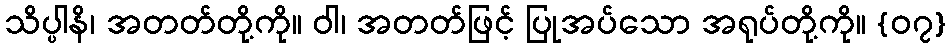
သိပ္ပါနိ၊ အတတ်တို့ကို။ ဝါ၊ အတတ်ဖြင့် ပြုအပ်သော အရုပ်တို့ကို။ {၀၇}